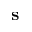
\mathbf { s }